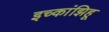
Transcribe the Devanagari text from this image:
इच्कांझिहू